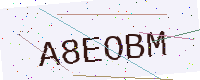
Text: A8EOBM